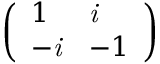
\left( \begin{array} { l l } { 1 } & { \it { i } } \\ { - \it { i } } & { - 1 } \end{array} \right)